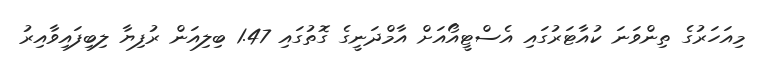
މިއަހަރުގެ ތިންވަނަ ކުއާޓަރުގައި އެސްޓީއޯއަށް އާމްދަނީގެ ގޮތުގައި 1.47 ބިލިއަން ރުފިޔާ ލިބިފައިވާއިރު